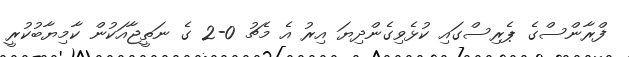
ފްރާންސްގެ ޕެރިސްގައި ކުޅެވިގެންދިޔަ އިރު އެ މެޗު 0-2 ގެ ނަތީޖާއަކުން ކާމިޔާބުކުރީ